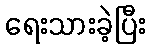
ရေးသားခဲ့ပြီး